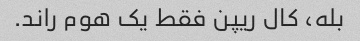
بله، کال ریپن فقط یک هوم راند.